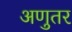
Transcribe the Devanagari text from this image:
अणुतर